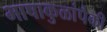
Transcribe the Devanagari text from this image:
भाषाकुळांपैकी